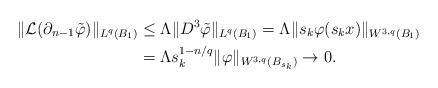
LaTeX: \begin{align*}\|\mathcal{L}(\partial_{n-1}\tilde{\varphi})\|_{L^q(B_1)} &\leq \Lambda\|D^3\tilde{\varphi}\|_{L^q(B_1)} = \Lambda\|s_k\varphi(s_kx)\|_{W^{3,q}(B_1)}\\&= \Lambda s_k^{1-n/q}\|\varphi\|_{W^{3,q}(B_{s_k})} \rightarrow 0.\end{align*}